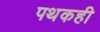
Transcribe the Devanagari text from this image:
पथकही